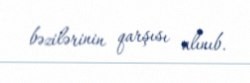
bəzilərinin qarşısı alınıb.